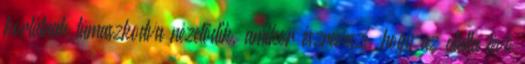
korlátnak támaszkodva nézelődik, amikor észreveszi, hogy az alatta lévő